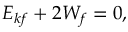
~ E _ { k f } + 2 W _ { f } = 0 ,